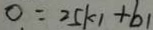
0 = 2 5 k _ { 1 } + b _ { 1 }